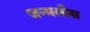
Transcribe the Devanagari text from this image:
जन्मलीस